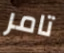
تامر